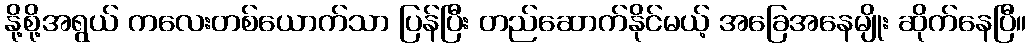
နို့စို့အရွယ် ကလေးတစ်ယောက်သာ ပြန်ပြီး တည်ဆောက်နိုင်မယ့် အခြေအနေမျိုး ဆိုက်နေပြီ။